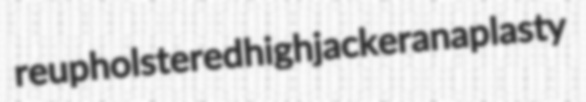
reupholstered highjacker anaplasty